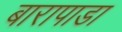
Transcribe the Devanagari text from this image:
बारापाडा